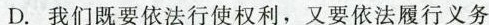
D. 我们既要依法行使权利，又要依法履行义务